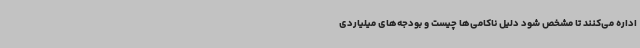
اداره می‌کنند تا مشخص شود دلیل ناکامی‌ها چیست و بودجه‌های میلیاردی